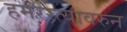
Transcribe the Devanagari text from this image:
हमरस्त्यावरुन